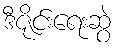
ဒီဇိုင်းရေးဆွဲ